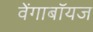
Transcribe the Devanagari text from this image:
वेंगाबॉयज